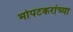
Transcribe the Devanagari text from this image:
भोपटकरांच्या